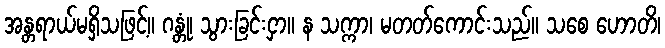
အန္တရာယ်မရှိသဖြင့်။ ဂန္တုံ၊ သွားခြင်းငှာ။ န သက္ကာ၊ မတတ်ကောင်းသည်။ သစေ ဟောတိ၊